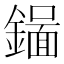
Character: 𬬉